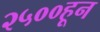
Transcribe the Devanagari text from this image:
२५००हून